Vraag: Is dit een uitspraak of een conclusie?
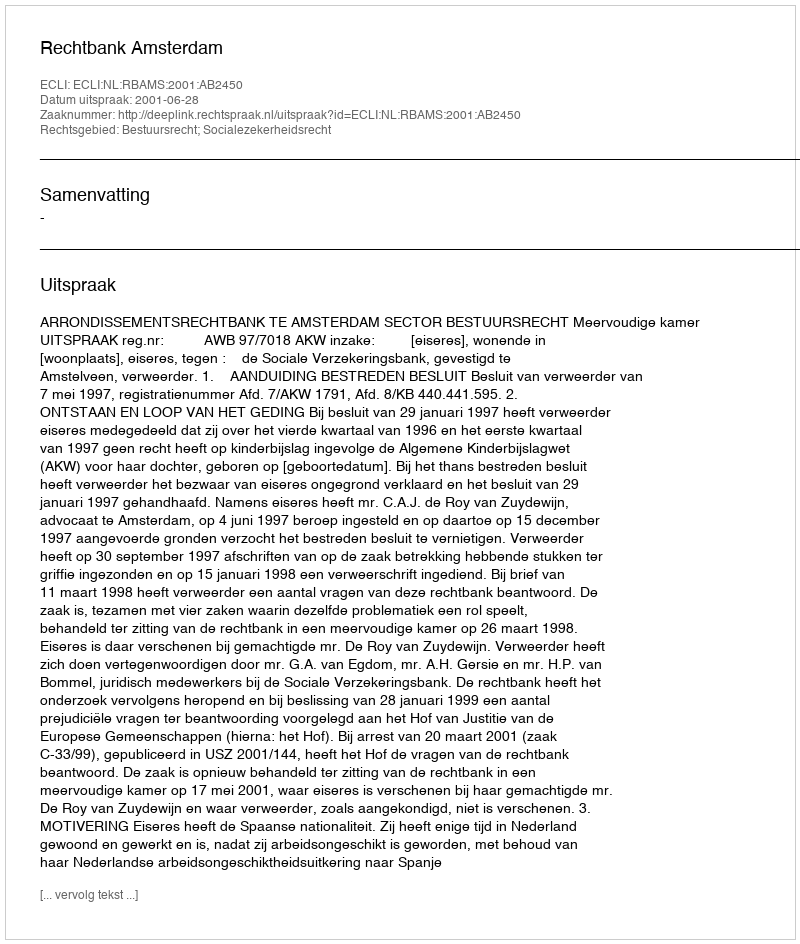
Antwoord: Uitspraak